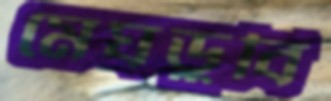
মেঘডুবি